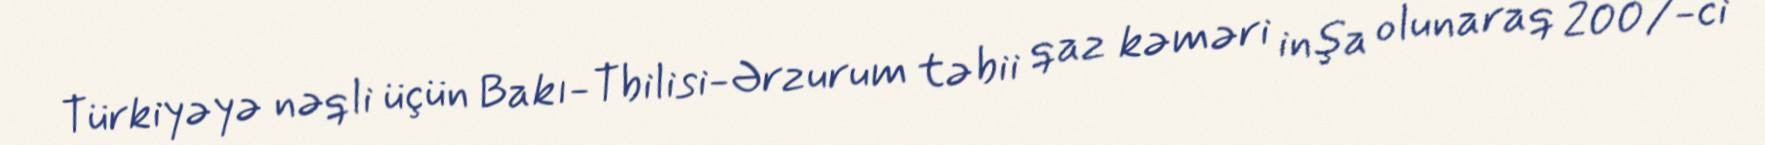
Türkiyəyə nəqli üçün Bakı-Tbilisi-Ərzurum təbii qaz kəməri inşa olunaraq 2007-ci